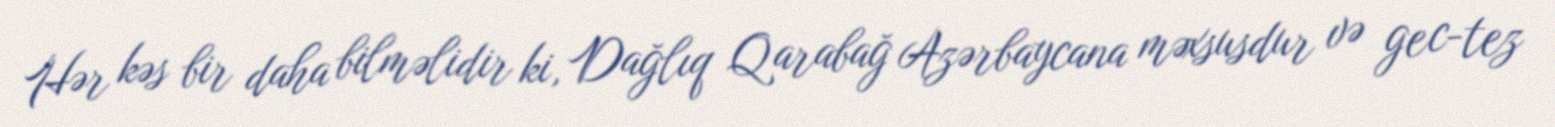
Hər kəs bir daha bilməlidir ki, Dağlıq Qarabağ Azərbaycana məxsusdur və gec-tez